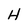
Character: H